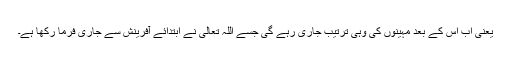
یعنی اب اس کے بعد مہینوں کی وہی ترتیب جاری رہے گی جسے اللہ تعالیٰ نے ابتدائے آفرینش سے جاری فرما رکھا ہے۔